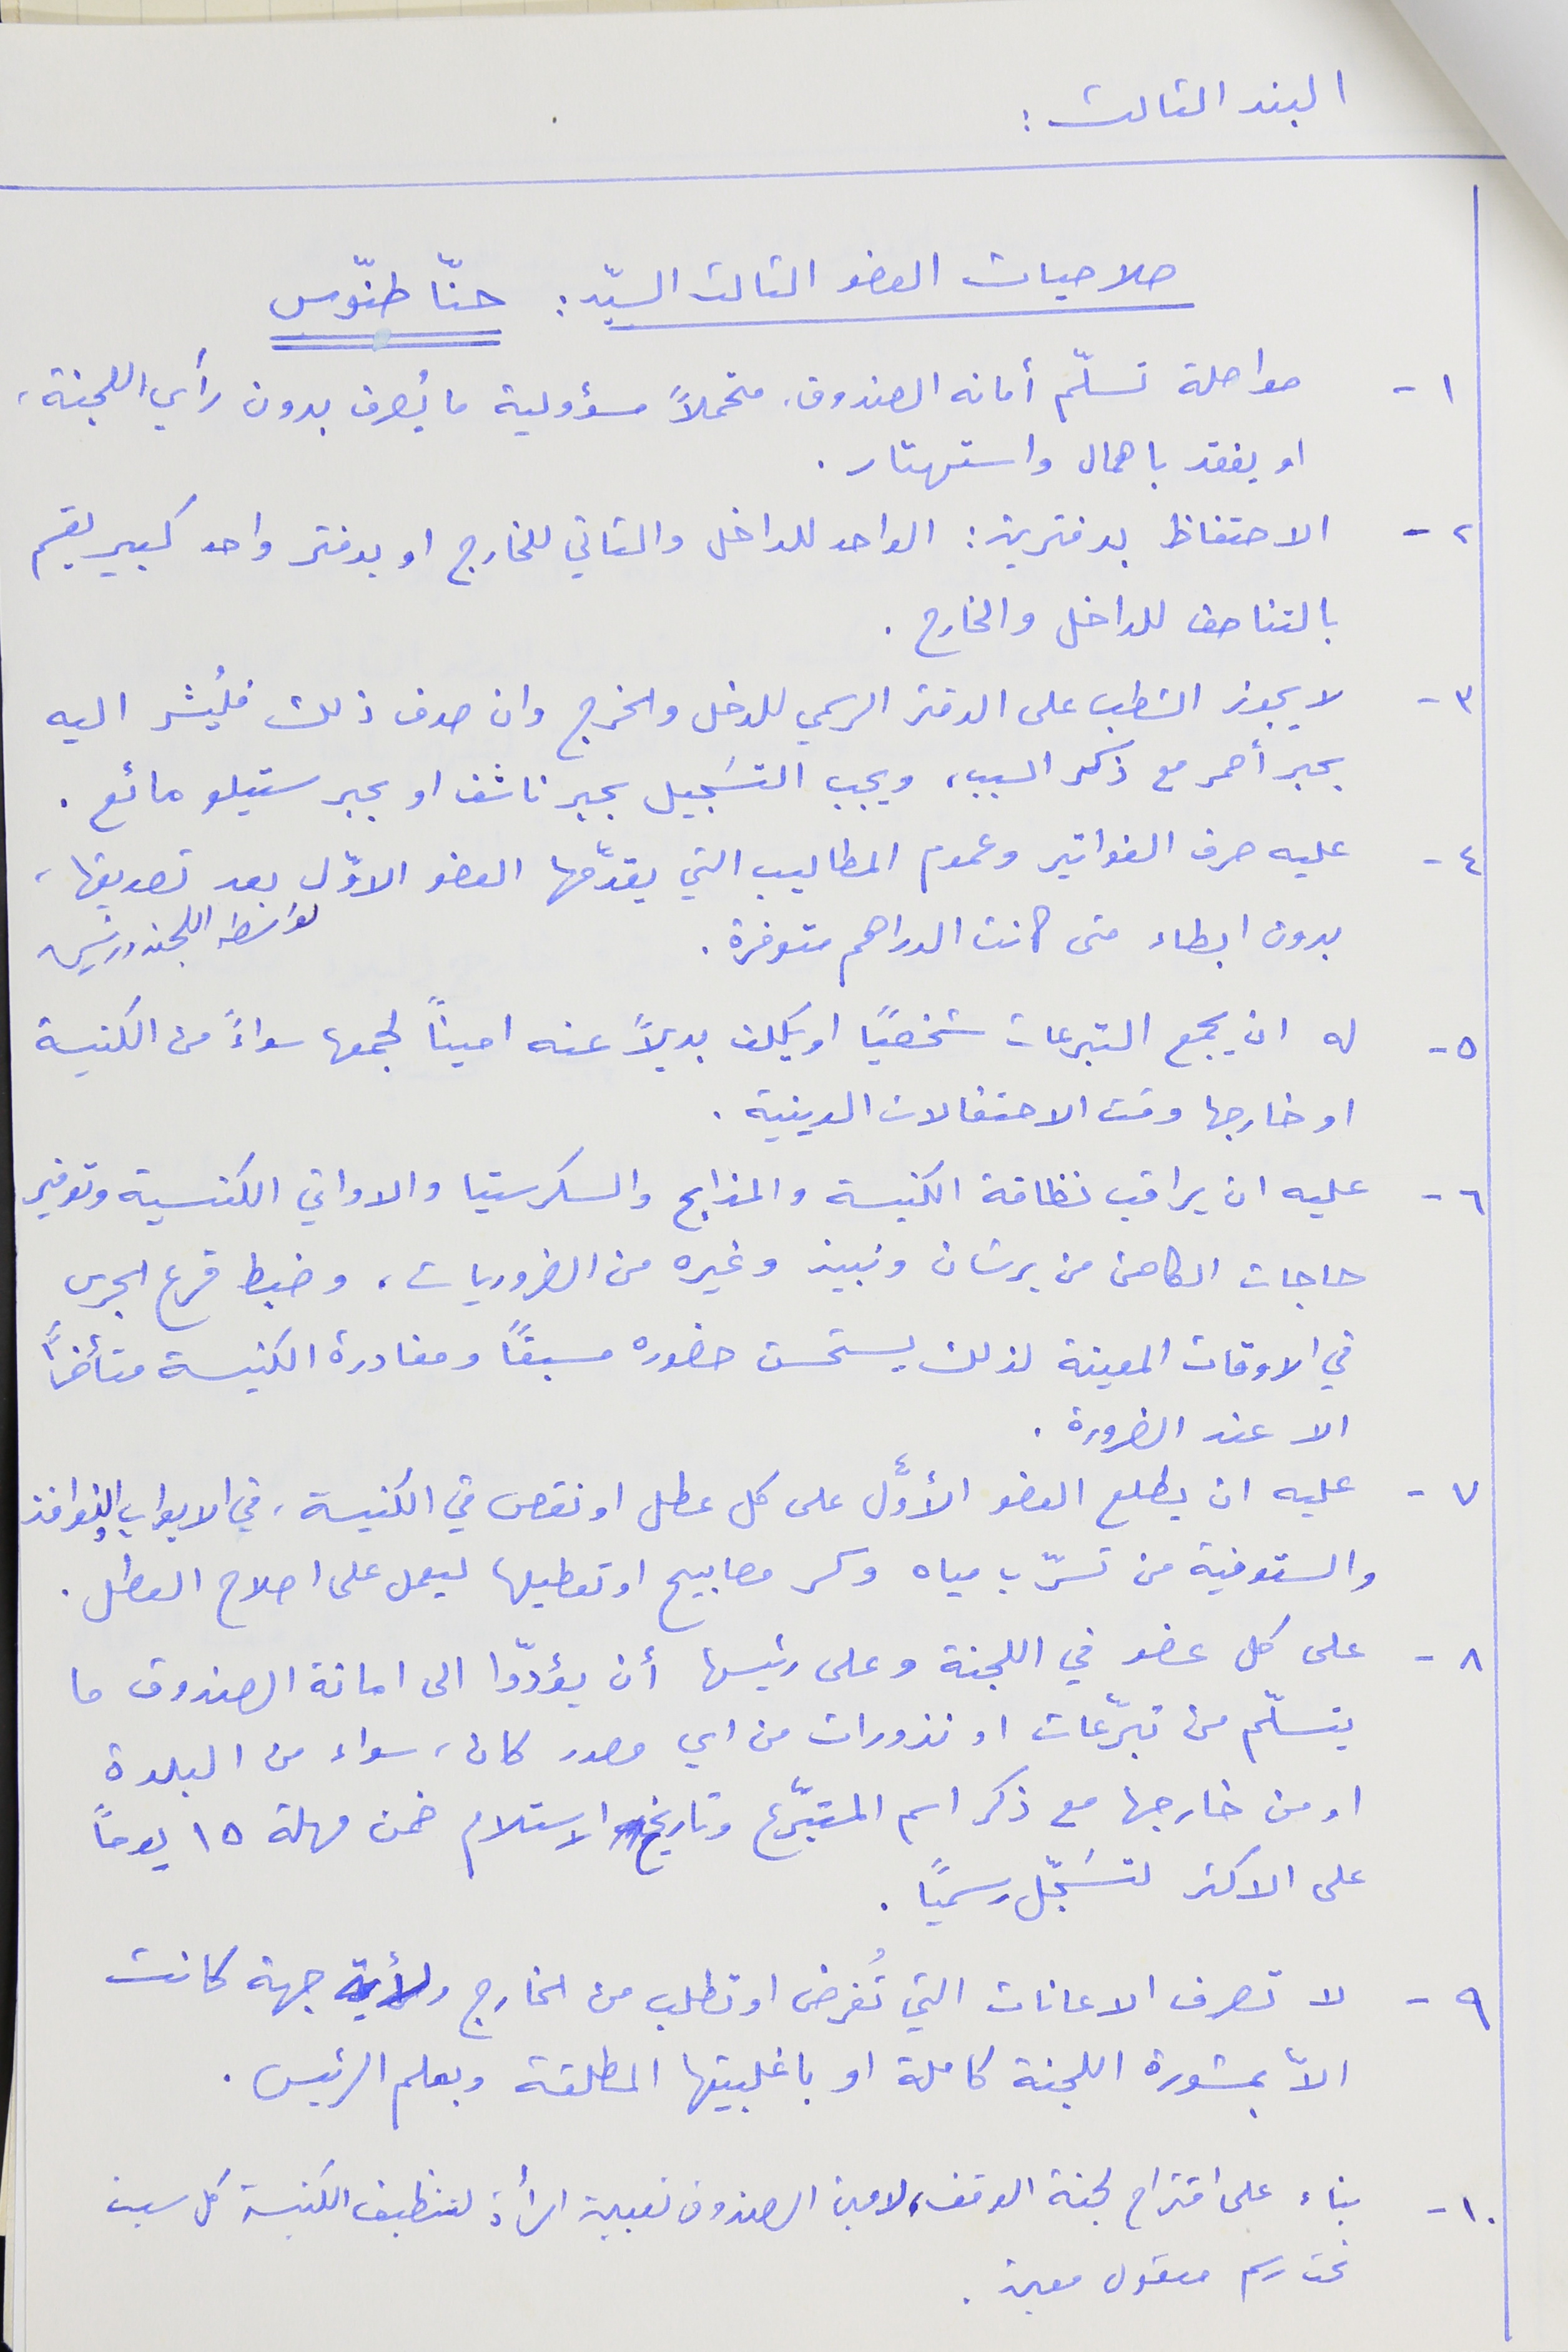
البند الثالث :
صلاحيات العضو الثالث السيّد : حنّا طنّوس
١ - مواصلة تسلّم أمانه الصندوق، متحملاً مسؤولية ما يُصرف بدون رأي اللجنة،
او يفقد باهمال واستهتار .
٢ - الاحتفاظ بدفترين : الواحد للداخل والثاني للخارج او بدفتر واحد كبير يقسم
بالتناصف للداخل والخارح .
٣ - لا يجوز الشطب على الدفتر الرسمي للدخل والخرج وان صدف ذلك فليُشر اليه
بحبر أحمر مع ذكر السبب، ويجب التسَجيل بحبر ناشف او بحبر ستيلو مائع .
٤ - عليه صرف الفواتير وعموم المطاليب التي يقدّمها العضو الاوّل بعد تصديقها،
بدون ابطاء متى كانت الدراهم متوفرة .
٥- له ان يجمع التبرعات شخصياً او يكلف بديلاً عنه اميناً لجمعها سواءً من الكنيسة
او خارجها وقت الاحتفالات الدينية .
٦ - عليه ان يراقب نظافة الكنيسة والمذابح والسكرستيا والاواني الكنسية وتوفير
حاجات الكاهن من برشان ونبيذ وغيره من الضروريات، وضبط قرع الجرس
في الاوقات المعينة لذلك يستحسن حضوره مسبقاً ومغادرة الكنيسة متأخراً
الا عند الضرورة .
٧ - عليه ان يطلع العضو الأوَّل على كل عطل او نقص في الكنيسة، في الابواب والنوافذ
والسقوفية من تسرّب مياه وكسر مصابيح او تعطيلها ليعمل على اصلاح العطل .
٨ - على كل عضو في اللجنة وعلى رئيسها أن يؤدّوا الى امانة الصندوق ما
يتسلّم من تبرّعات او نذورات من اي مصدر كان، سواء من البلدة
او من خارجها مع ذكر اسم المتبّرع وتاريخ  الاستلام ضمن مهلة ١٥ يوماً
على الاكثر لتسَجّل رسميًا.
٩ - لا تصرف الاعانات التي تُفرض او تطلب من الخارج ولأية جهة كانت
الاّ بمشورة اللجنة كاملة او باغلبيتها المطلقة وبعلم الرئيس .
١٠ - بناء على اقتراح لجنة الوقف، لامين الصندوف تعبين امرأة لتنظيف الكنيسة كل سبت
تحت رسم معقول معين .
 ىواسطة اللجنه ورئيسها